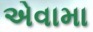
એવામા